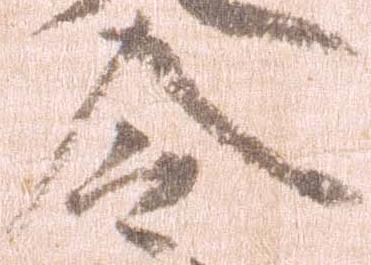
令